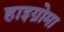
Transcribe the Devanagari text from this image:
हाइग्रोमा